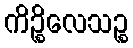
ကိဉ္စိလေသဉ္စ